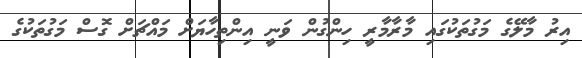
އިރު މާލޭގެ މަގުތަކުގައި މާރާމާރީ ހިންގުން ވަނީ އިންތިހާޔަށް މައްޗަށް ގޮސް މަގުތަކުގެ